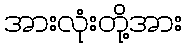
အားလုံးတို့အား